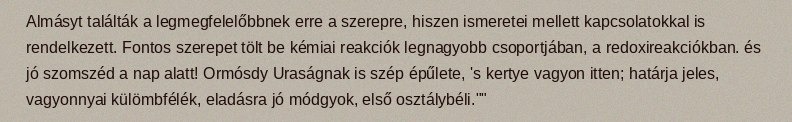
Almásyt találták a legmegfelelőbbnek erre a szerepre, hiszen ismeretei mellett kapcsolatokkal is rendelkezett. Fontos szerepet tölt be kémiai reakciók legnagyobb csoportjában, a redoxireakciókban. és jó szomszéd a nap alatt! Ormósdy Uraságnak is szép épűlete, 's kertye vagyon itten; határja jeles, vagyonnyai külömbfélék, eladásra jó módgyok, első osztálybéli.""